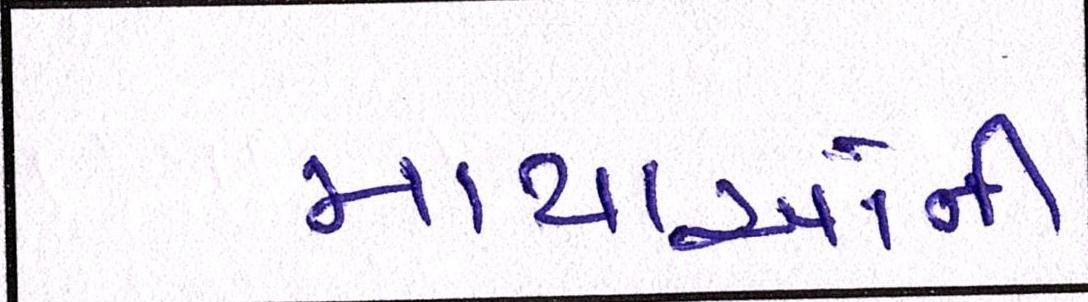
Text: માથાઓની